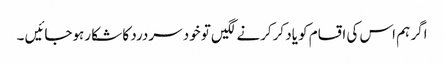
اگر ہم اس کی اقسام کو یاد کرکرنے لگیں تو خود سردرد کا شکا رہوجائیں ۔